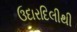
ઉદારદિલીથી